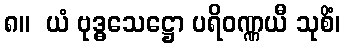
၈။  ယံ ဗုဒ္ဓသေဋ္ဌော ပရိဝဏ္ဏယီ သုစိံ၊